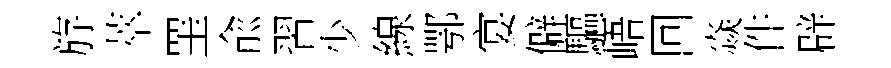
斿萃罣兪習少線鄂宴僻驅峿回焱件辟